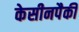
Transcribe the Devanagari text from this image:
केसीनपैकी